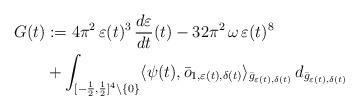
LaTeX: \begin{align*} G(t) &:= 4\pi^2 \, \varepsilon(t)^3 \, \frac{d\varepsilon}{dt}(t) - 32\pi^2 \, \omega \, \varepsilon(t)^8 \\ &+ \int_{[-\frac{1}{2},\frac{1}{2}]^4 \setminus \{0\}} \langle \psi(t),\bar{o}_{1,\varepsilon(t),\delta(t)} \rangle_{\bar{g}_{\varepsilon(t),\delta(t)}} \, d_{\bar{g}_{\varepsilon(t),\delta(t)}} \end{align*}